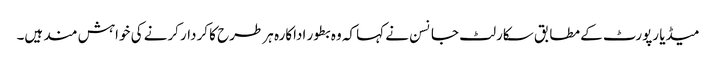
میڈیا رپورٹ کے مطابق سکارلٹ جانسن نے کہا کہ وہ بطور اداکارہ ہر طرح کا کردار کرنے کی خواہش مند ہیں۔